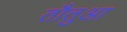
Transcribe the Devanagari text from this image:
तौतुआ